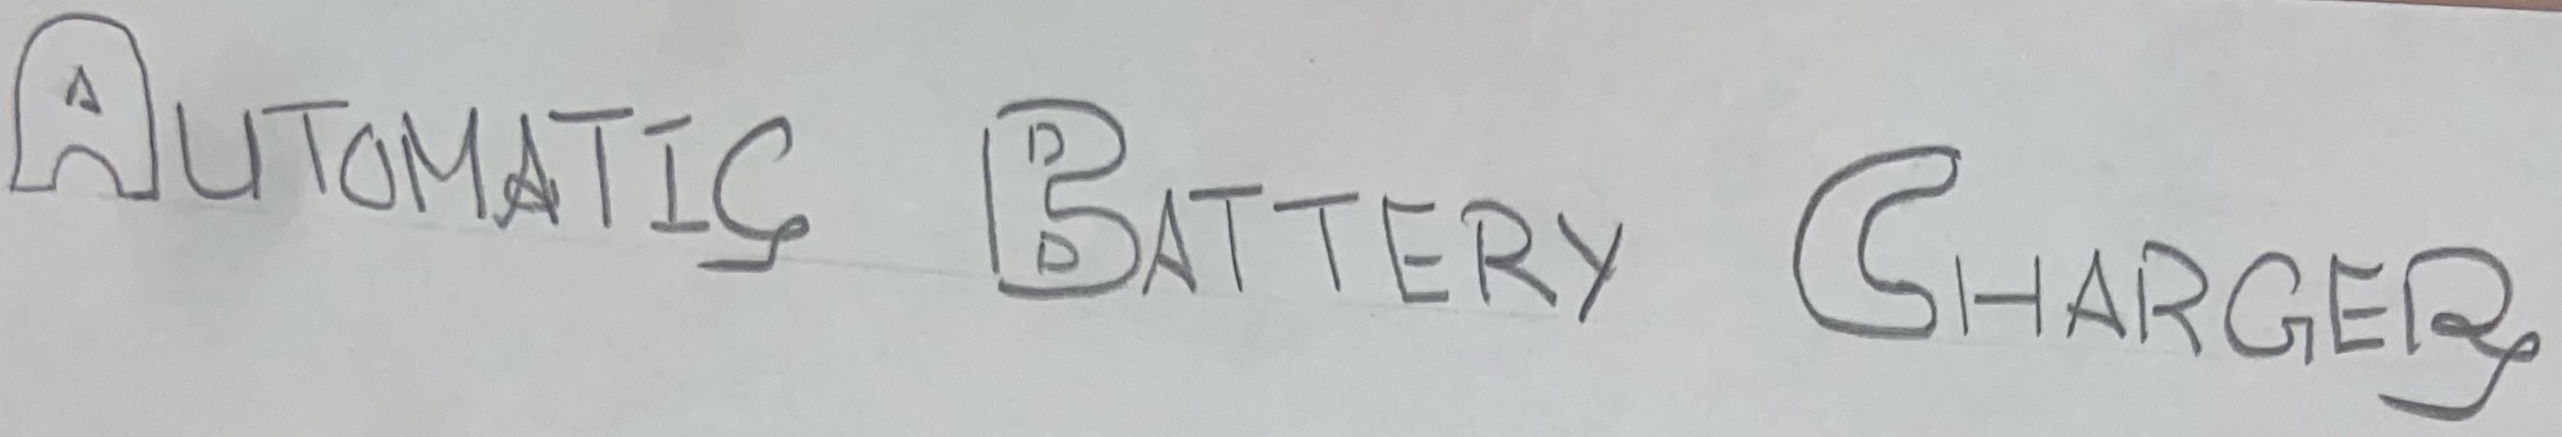
Text: AUTOMATIC BATTERY CHARGER